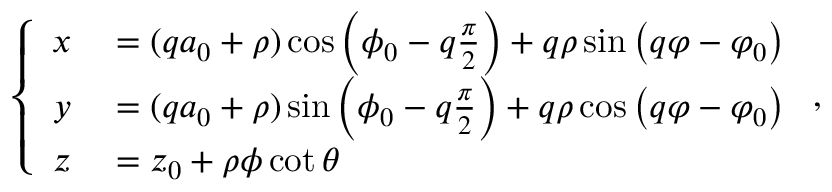
\left\{ \begin{array} { r l } { x } & { { } = ( q a _ { 0 } + \rho ) \cos \left( \phi _ { 0 } - q \frac { \pi } { 2 } \right) + q \rho \sin \left( q \varphi - \varphi _ { 0 } \right) } \\ { y } & { { } = ( q a _ { 0 } + \rho ) \sin \left( \phi _ { 0 } - q \frac { \pi } { 2 } \right) + q \rho \cos \left( q \varphi - \varphi _ { 0 } \right) } \\ { z } & { { } = z _ { 0 } + \rho \phi \cot { \theta } } \end{array} \right. ,